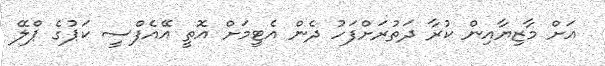
އަށް މާޒިޔާއިން ކުރާ ދަތުރަށްފަހު ދެން އެޓީމަށް އޮތީ އޭއެފްސީ ކަޕުގެ ޕްލޭ